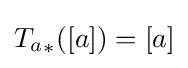
{T_{a}}_{\ast }([a])=[a]